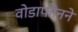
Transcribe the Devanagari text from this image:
वोडाफोनने